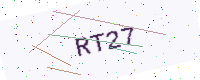
Text: RT27